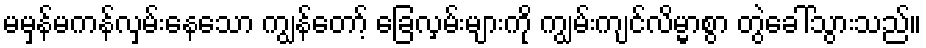
မမှန်မကန်လှမ်းနေသော ကျွန်တော့် ခြေလှမ်းများကို ကျွမ်းကျင်လိမ္မာစွာ တွဲခေါ်သွားသည်။